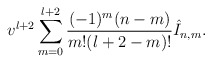
\begin{align*} v^{l+2}\sum_{m=0}^{l+2}\frac{(-1)^m(n-m)}{m!(l+2-m)!}\hat{I}_{n,m}.\end{align*}